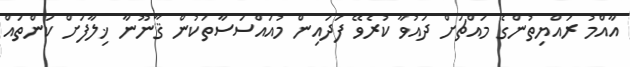
އާއްމު ރައްޔިތުންގެ މައްޗަށް ދައުވާ ކުރެވޭ ފަދައިން މުއައްސަސާތަކުން ޤާނޫނާ ޚިލާފަށް ކަންތައް